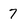
Character: 7